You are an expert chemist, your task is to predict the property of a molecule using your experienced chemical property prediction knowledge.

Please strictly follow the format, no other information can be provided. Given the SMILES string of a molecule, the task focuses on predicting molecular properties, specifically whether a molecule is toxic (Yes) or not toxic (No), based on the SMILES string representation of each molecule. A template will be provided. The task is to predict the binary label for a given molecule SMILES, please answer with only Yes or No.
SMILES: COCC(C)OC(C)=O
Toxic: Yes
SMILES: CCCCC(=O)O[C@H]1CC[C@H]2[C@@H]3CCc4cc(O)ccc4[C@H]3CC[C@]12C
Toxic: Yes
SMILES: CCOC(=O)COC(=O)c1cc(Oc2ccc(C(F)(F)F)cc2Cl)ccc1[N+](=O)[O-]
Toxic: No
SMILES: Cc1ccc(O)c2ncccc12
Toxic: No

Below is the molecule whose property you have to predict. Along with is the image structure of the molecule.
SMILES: NC(=O)NS(=O)(=O)c1ccc(N)cc1
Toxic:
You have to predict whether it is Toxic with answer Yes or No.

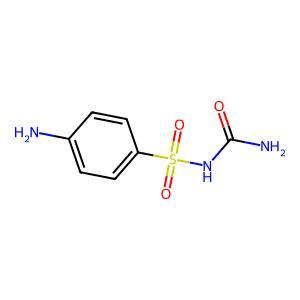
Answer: Yes